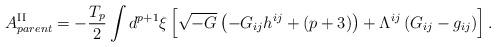
LaTeX: \begin{align*}A^{{\rm II}}_{parent}=-\frac{T_p}{2}\int d^{p+1}{\xi}\left[\sqrt{-G}\left(-G_{ij}h^{ij}+(p+3)\right)+{\Lambda}^{ij}\left(G_{ij}-g_{ij}\right)\right].\end{align*}